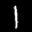
Label: 1